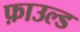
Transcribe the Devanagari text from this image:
फ़ाउल्ड